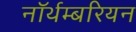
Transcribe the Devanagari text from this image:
नॉर्थम्बरियन